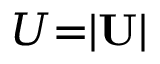
U { = } | \mathbf { U } |